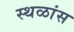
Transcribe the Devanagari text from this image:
स्थळांस